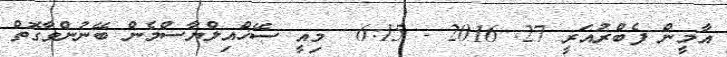
އާމީން ފެބްރުއަރީ 27